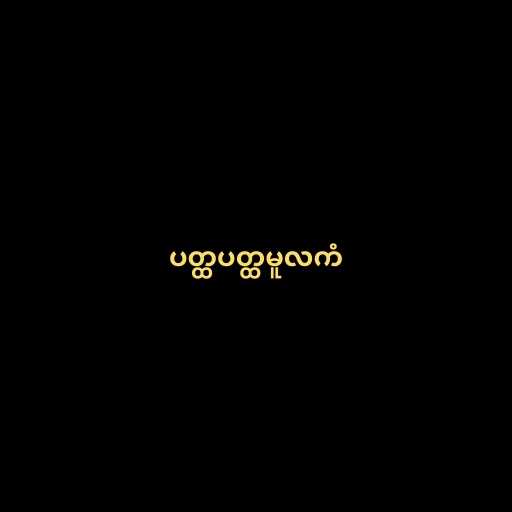
ပတ္ထပတ္ထမူလကံ